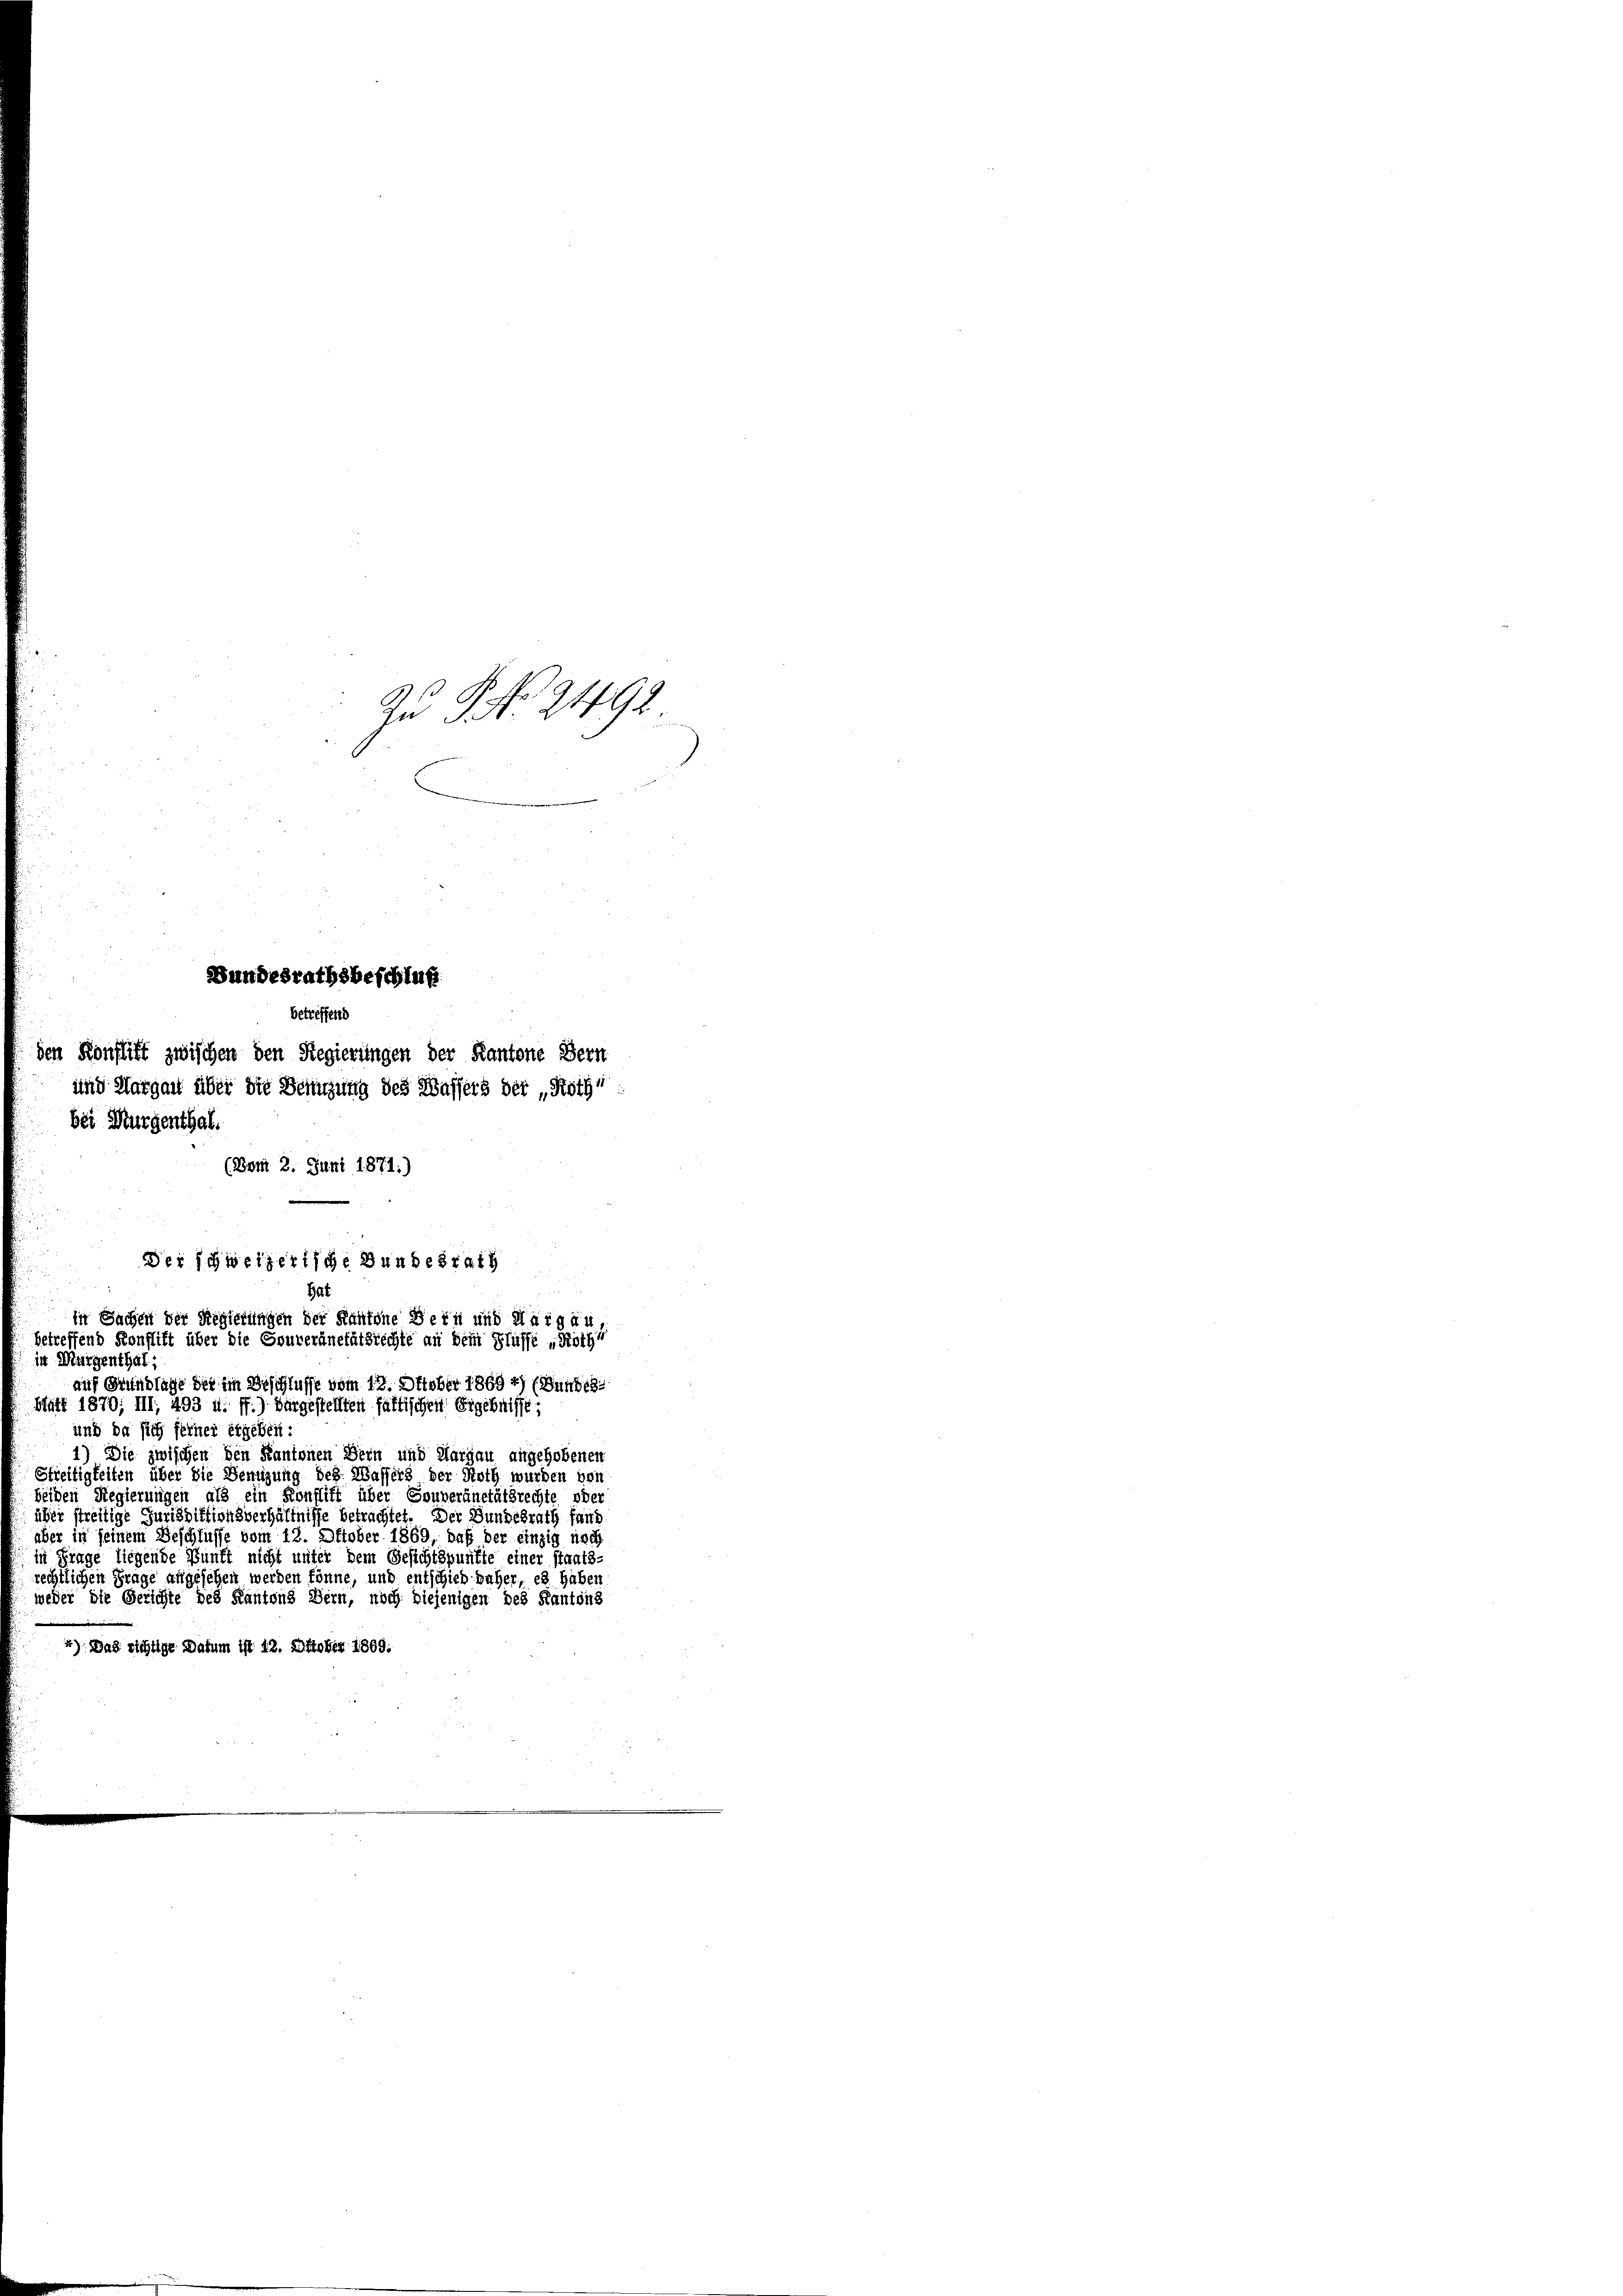
Zu P. Nr. 24192.
Wundesrathsbeschluß
betreffend
n Konflikt zwischen den Regierungen der Kantone Bern
und Margau über die Besitzung des Wassers der „Ryth“
bei Murgenthal.
(Bom 2. Juni 1871:)

Der schweizerische Bundesrath
Hat
in Sachen der Regierungen der Kantone Dein und Aargau,
betreffend Konflift über die Souveränetätsrechte an dem Flüsse „Richt
in Murgenthal;
auf Grundlage der im Beschlusse vom 12. Oktober 1869 4) (Bundes-

Matt 1870; III., 493 u. ff.) bürgestellten faltischen Ergebnisse:
und da sich ferner ergeben:
1) Die zwischen den Kantonen Bern und Aargau angehobenen
Streitigkeiten über die Benuzung des Wassers der Noth wurden von
beiden Regierungen als ein Konflift über Souveränetätsrechte oder
über streitige Jurisdiktionsverhältnisse betrachtet. Der Bundesrath fand
aber in seinem Beschlüsse vom 12. Oktober 1869, daß der einzig noch
in Frage liegende Bunft nicht unter dem Gesichtspunkte einer staats-
rechtlichen Frage angesehen werden könne, und entschied beher, es haben
weder die Gerichte des Kantons Bern, noch diejenigen des Kantons
): Das richtige Datum ist. 12. Oktober 1869: